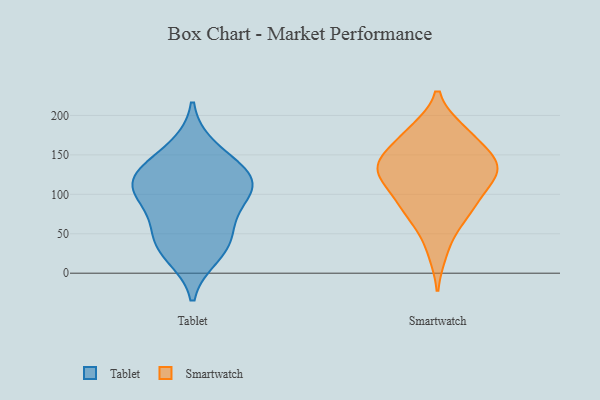
{"axis": {"x": "Humidity (%)", "y": "Value"}, "legend": ["Smartwatch", "Tablet"], "data": [{"x": "", "y": 120, "type": "Tablet"}, {"x": "", "y": 23, "type": "Tablet"}, {"x": "", "y": 96, "type": "Tablet"}, {"x": "", "y": 133, "type": "Tablet"}, {"x": "", "y": 41, "type": "Tablet"}, {"x": "", "y": 98, "type": "Tablet"}, {"x": "", "y": 67, "type": "Tablet"}, {"x": "", "y": 38, "type": "Tablet"}, {"x": "", "y": 120, "type": "Tablet"}, {"x": "", "y": 159, "type": "Tablet"}, {"x": "", "y": 115, "type": "Tablet"}, {"x": "", "y": 64, "type": "Smartwatch"}, {"x": "", "y": 92, "type": "Smartwatch"}, {"x": "", "y": 141, "type": "Smartwatch"}, {"x": "", "y": 134, "type": "Smartwatch"}, {"x": "", "y": 179, "type": "Smartwatch"}, {"x": "", "y": 79, "type": "Smartwatch"}, {"x": "", "y": 123, "type": "Smartwatch"}, {"x": "", "y": 142, "type": "Smartwatch"}, {"x": "", "y": 132, "type": "Smartwatch"}, {"x": "", "y": 177, "type": "Smartwatch"}, {"x": "", "y": 80, "type": "Smartwatch"}, {"x": "", "y": 113, "type": "Smartwatch"}, {"x": "", "y": 181, "type": "Smartwatch"}, {"x": "", "y": 111, "type": "Smartwatch"}, {"x": "", "y": 27, "type": "Smartwatch"}, {"x": "", "y": 151, "type": "Smartwatch"}, {"x": "", "y": 139, "type": "Smartwatch"}]}